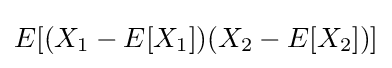
E[(X_{1}-E[X_{1}])(X_{2}-E[X_{2}])]